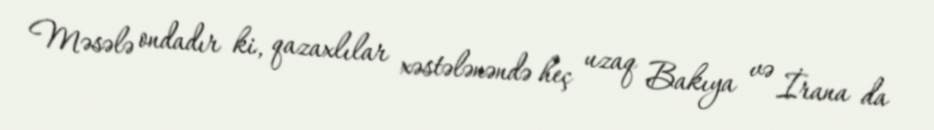
Məsələ ondadır ki, qazaxlılar xəstələnəndə heç uzaq Bakıya və İrana da